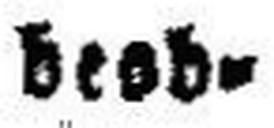
deod¬